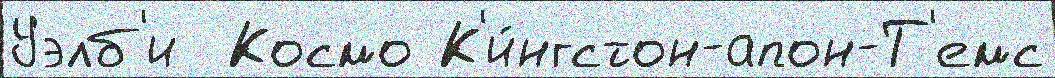
Уэлб'и  Космо К'и́нгстон-апон-Т'емс